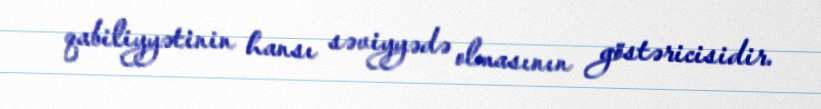
qabiliyyətinin hansı səviyyədə olmasının göstəricisidir.